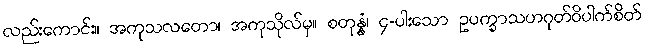
လည်းကောင်း။ အကုသလတော၊ အကုသိုလ်မှ။ စတုန္နံ၊ ၄-ပါးသော ဥပက္ခာသဟဂုတ်ဝိပါက်စိတ်